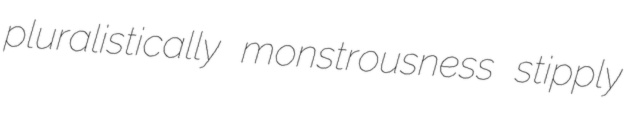
pluralistically monstrousness stipply